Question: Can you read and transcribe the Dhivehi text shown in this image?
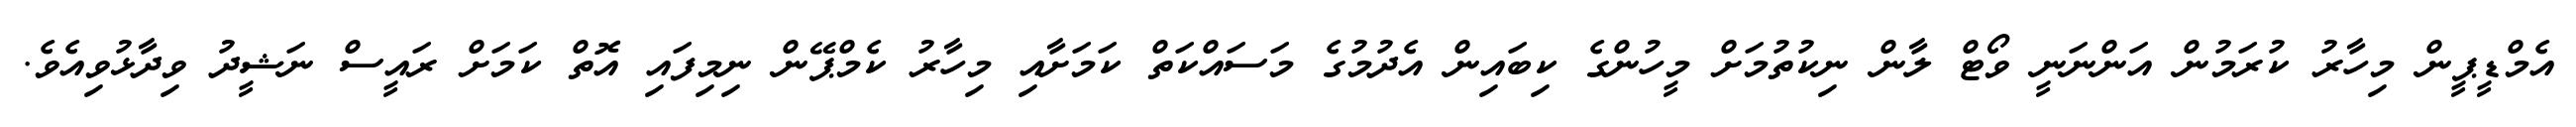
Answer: އެމްޑީޕީން މިހާރު ކުރަމުން އަންނަނީ ވޯޓް ލާން ނިކުތުމަށް މީހުންގެ ކިބައިން އެދުމުގެ މަސައްކަތް ކަމަށާއި މިހާރު ކެމްޕޭން ނިމިފައި އޮތް ކަމަށް ރައީސް ނަޝީދު ވިދާޅުވިއެވެ.